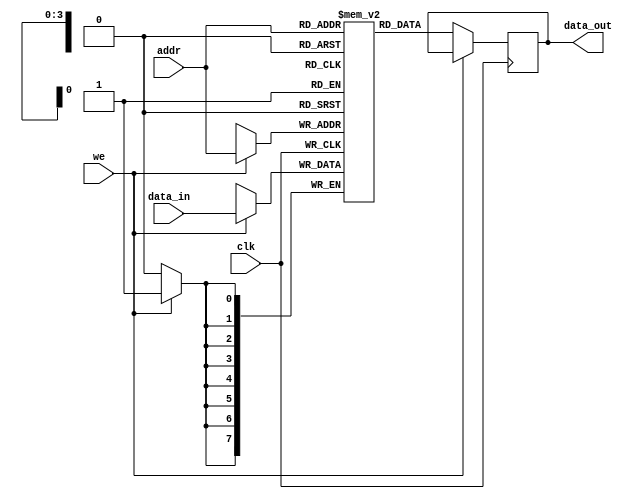
module single_port_ram #(
    parameter DATA_WIDTH = 8,  // Specify the data width (in bits)
    parameter ADDR_WIDTH = 4   // Specify the address width (in bits)
)(
    input wire clk,             // Clock signal
    input wire we,              // Write enable signal
    input wire [ADDR_WIDTH-1:0] addr,  // Address input
    input wire [DATA_WIDTH-1:0] data_in, // Input data bus
    output reg [DATA_WIDTH-1:0] data_out  // Output data bus
);

    // Memory array declaration
    reg [DATA_WIDTH-1:0] ram [(2**ADDR_WIDTH)-1:0]; // RAM depth = 2^ADDR_WIDTH

    // Synchronous read/write operation
    always @(posedge clk) begin
        if (we) begin
            // Write operation
            ram[addr] <= data_in;
        end else begin
            // Read operation
            data_out <= ram[addr];
        end
    end

    // Optional: Asynchronous reset (uncomment if needed)
    // input wire rst; // Asynchronous reset signal
    // always @(posedge clk or posedge rst) begin
    //     if (rst) begin
    //         // Initialize RAM to zero
    //         integer i;
    //         for (i = 0; i < (2**ADDR_WIDTH); i = i + 1) begin
    //             ram[i] <= {DATA_WIDTH{1'b0}};
    //         end
    //     end else begin
    //         if (we) begin
    //             ram[addr] <= data_in;
    //         end else begin
    //             data_out <= ram[addr];
    //         end
    //     end
    // end

endmodule